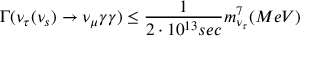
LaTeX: \Gamma ( \nu _ { \tau } ( \nu _ { s } ) \rightarrow \nu _ { \mu } \gamma \gamma ) \leq \frac { 1 } { 2 \cdot 1 0 ^ { 1 3 } s e c } m _ { \nu _ { \tau } } ^ { 7 } ( M e V )